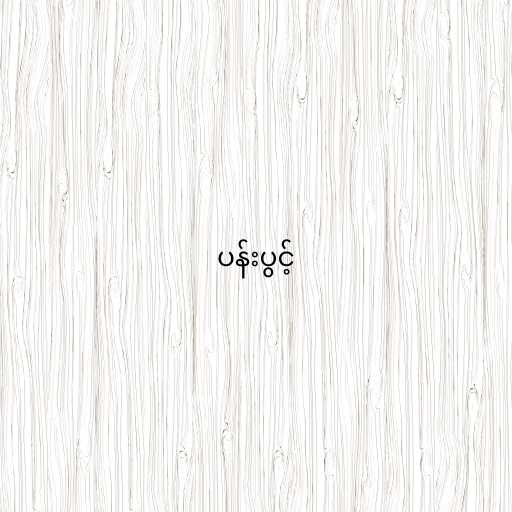
ပန်းပွင့်